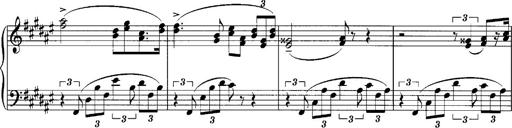
Title: klavierstÃ¼ck
Composer: Matias Ekert